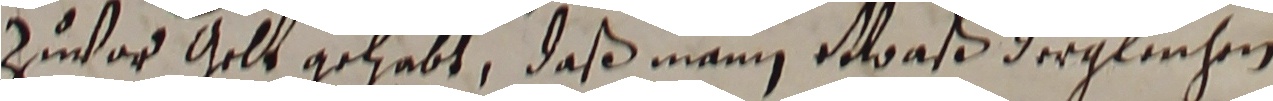
zuvor gelt gelabt, daß mann waß dergleichen